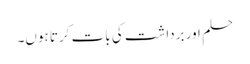
حلم اور برداشت کی بات کرتا ہوں۔